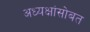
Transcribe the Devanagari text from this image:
अध्यक्षांसोबत